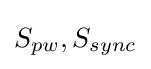
S_{pw},S_{sync}